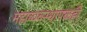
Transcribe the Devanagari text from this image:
महाव्यवस्थापकही